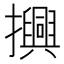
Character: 𢸾